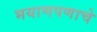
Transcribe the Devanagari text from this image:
भयाणपणाचे